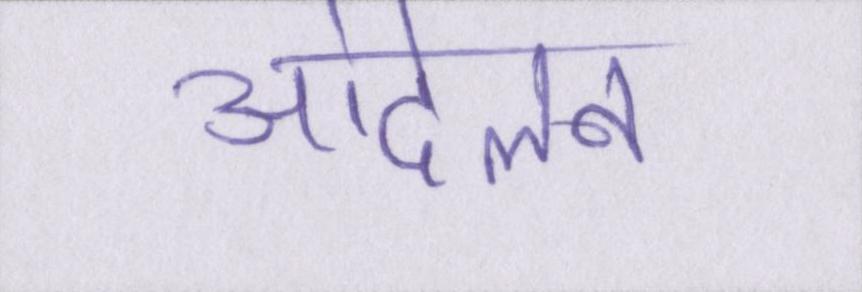
आंदेलन